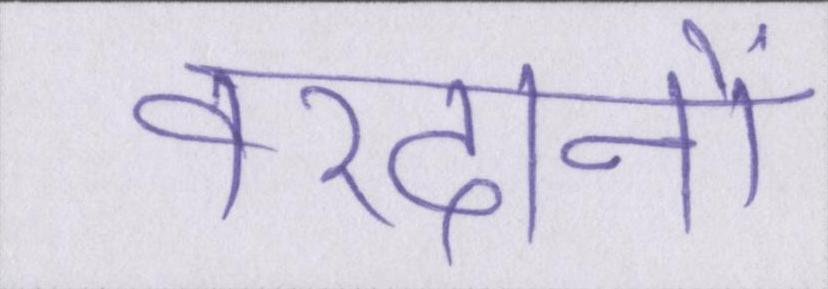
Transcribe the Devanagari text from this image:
वरदानों